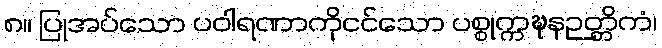
၈။ ပြုအပ်သော ပဝါရဏာကိုငင်သော ပစ္စုက္ကဍ္ဎနဉတ္တိကံ၊